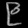
Digit: ၉